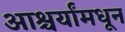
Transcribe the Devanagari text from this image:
आश्चर्यांमधून